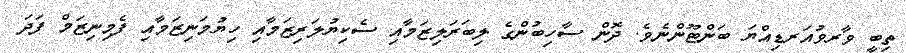
ތިބީ ވާރވުއަރޑިއްޔަ ބަންޓޫންނެވެ. ދޮން ސާހިބުންގެ ލިބަރަލިޒަމާއި ސެކިޔުލަރިޒަމާއި ހިޔުމަނިޒަމާއި ފެމިނިޒަމް ފަދަ